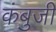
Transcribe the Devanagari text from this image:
कंबुजी